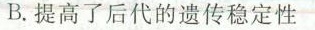
B.提高了后代的遗传稳定性